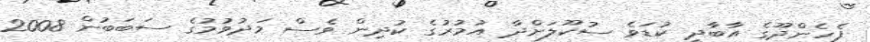
ފެހެންދޫގެ އާބާދީ ކުޑަވެ ސުކޫލަށްދާ އުމުރުގެ ކުދިން ވެސް މަދުވުމުގެ ސަބަބުން 2008